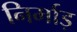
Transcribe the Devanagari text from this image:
निर्माड़